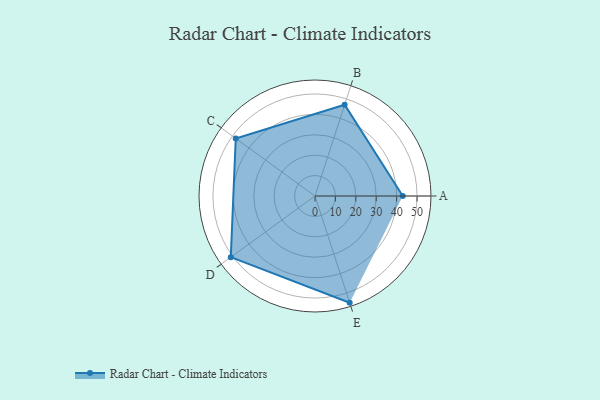
{"axis": {"x": "Skill", "y": "Score"}, "legend": ["Profile"], "data": [{"x": "A", "y": 43.0, "type": "Profile"}, {"x": "B", "y": 47.0, "type": "Profile"}, {"x": "C", "y": 48.0, "type": "Profile"}, {"x": "D", "y": 51.0, "type": "Profile"}, {"x": "E", "y": 55.0, "type": "Profile"}]}